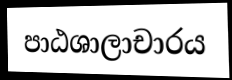
පාඨශාලාචාරය